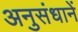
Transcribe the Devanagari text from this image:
अनुसंधानें